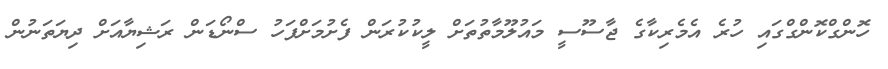
ހޮންގްކޮންގްގައި ހުރެ އެމެރިކާގެ ޖާސޫސީ މައުލޫމާތުތަށް ލީކުކުރަން ފެށުމަށްފަހު ސްނޯޑަން ރަޝިޔާއަށް ދިޔަތަނުން